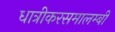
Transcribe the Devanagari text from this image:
धात्रीकरसमालम्बी